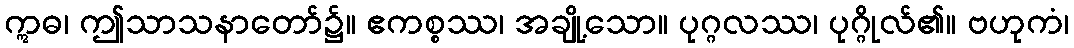
ဣဓ၊ ဤသာသနာတော်၌။ ဧကစ္စဿ၊ အချို့သော။ ပုဂ္ဂလဿ၊ ပုဂ္ဂိုလ်၏။ ဗဟုကံ၊